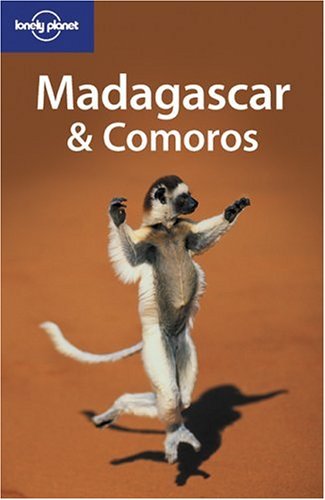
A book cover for Lonely Planet Madagascar & Comoros; Gemma Pitcher; Travel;